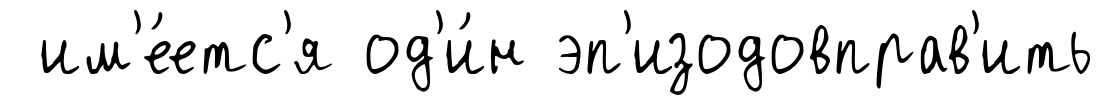
им'е́етс'я од'и́н эп'изодовправ'ить